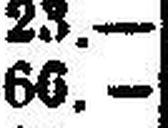
66.—